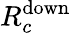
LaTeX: R_{c}^{\mathrm{down}}